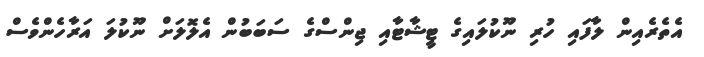
އެތެރެއިން ލާފައި ހުރި ނޫކުލައިގެ ޓީޝާޓާއި ޖިންސްގެ ސަބަބުން އެލޮލަށް ނޫކުލަ އަރާހެންވެސް